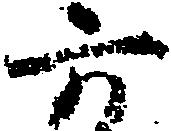
六